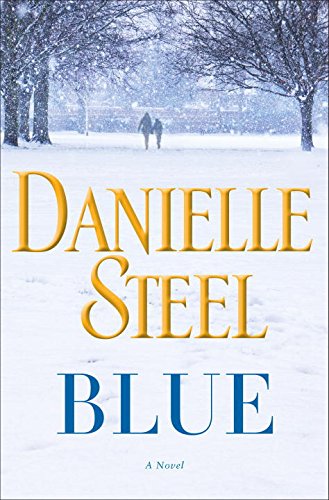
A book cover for Blue: A Novel; Danielle Steel; Romance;